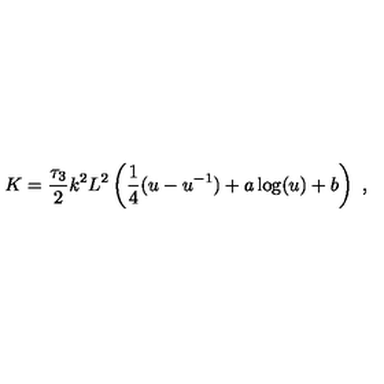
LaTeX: K = { \frac { \tau _ { 3 } } { 2 } } k ^ { 2 } L ^ { 2 } \left( { \frac { 1 } { 4 } } ( u - u ^ { - 1 } ) + a \log ( u ) + b \right) \ ,